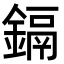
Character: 鎘